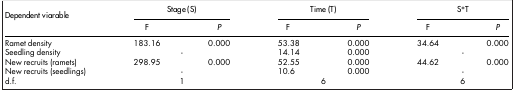
| Dependent viarable | <COLSPAN=3> Stage (S) | <COLSPAN=3> Time (T) | <COLSPAN=3> S*T |
 |  | F |  | P | F |  | P | F |  | P |
 | --- | --- | --- | --- | --- | --- | --- | --- | --- | --- |
 | Ramet density | 183.16 |  | 0.000 | 53.38 |  | 0.000 | 34.64 |  | 0.000 |
 | Seedling density |  | - |  | 14.14 |  | 0.000 |  | - |  |
 | New recruits (ramets) | 298.95 |  | 0.000 | 52.55 |  | 0.000 | 44.62 |  | 0.000 |
 | New recruits (seedlings) |  | - |  | 10.6 |  | 0.000 |  | - |  |
 | d.f. |  | 1 |  |  | 6 |  |  | 6 |  |